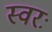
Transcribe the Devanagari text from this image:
स्वरः